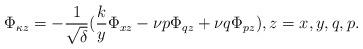
LaTeX: \begin{align*} \Phi_{\kappa z} =-\frac{1}{\sqrt{\delta}}(\frac{k}{y}\Phi_{xz}-\nu p\Phi_{q z}+\nu q \Phi_{pz}),z=x,y,q,p. \end{align*}